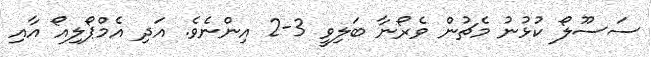
ސަސޫލޯ ކުޅުނު މެޗުން ވެރޯނާ ބަލިވީ 3-2 އިންނެވެ. އަދި އެމްޕޯލިއޯ އާއި